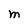
Character: M